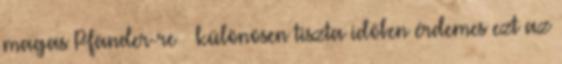
magas Pfänder-re – különösen tiszta időben érdemes ezt az